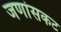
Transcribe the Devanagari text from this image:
जणांसकट